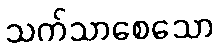
သက်သာစေသော